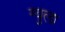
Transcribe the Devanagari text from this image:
ग्युला